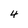
Character: 4